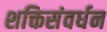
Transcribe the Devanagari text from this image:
शक्तिसंवर्धन